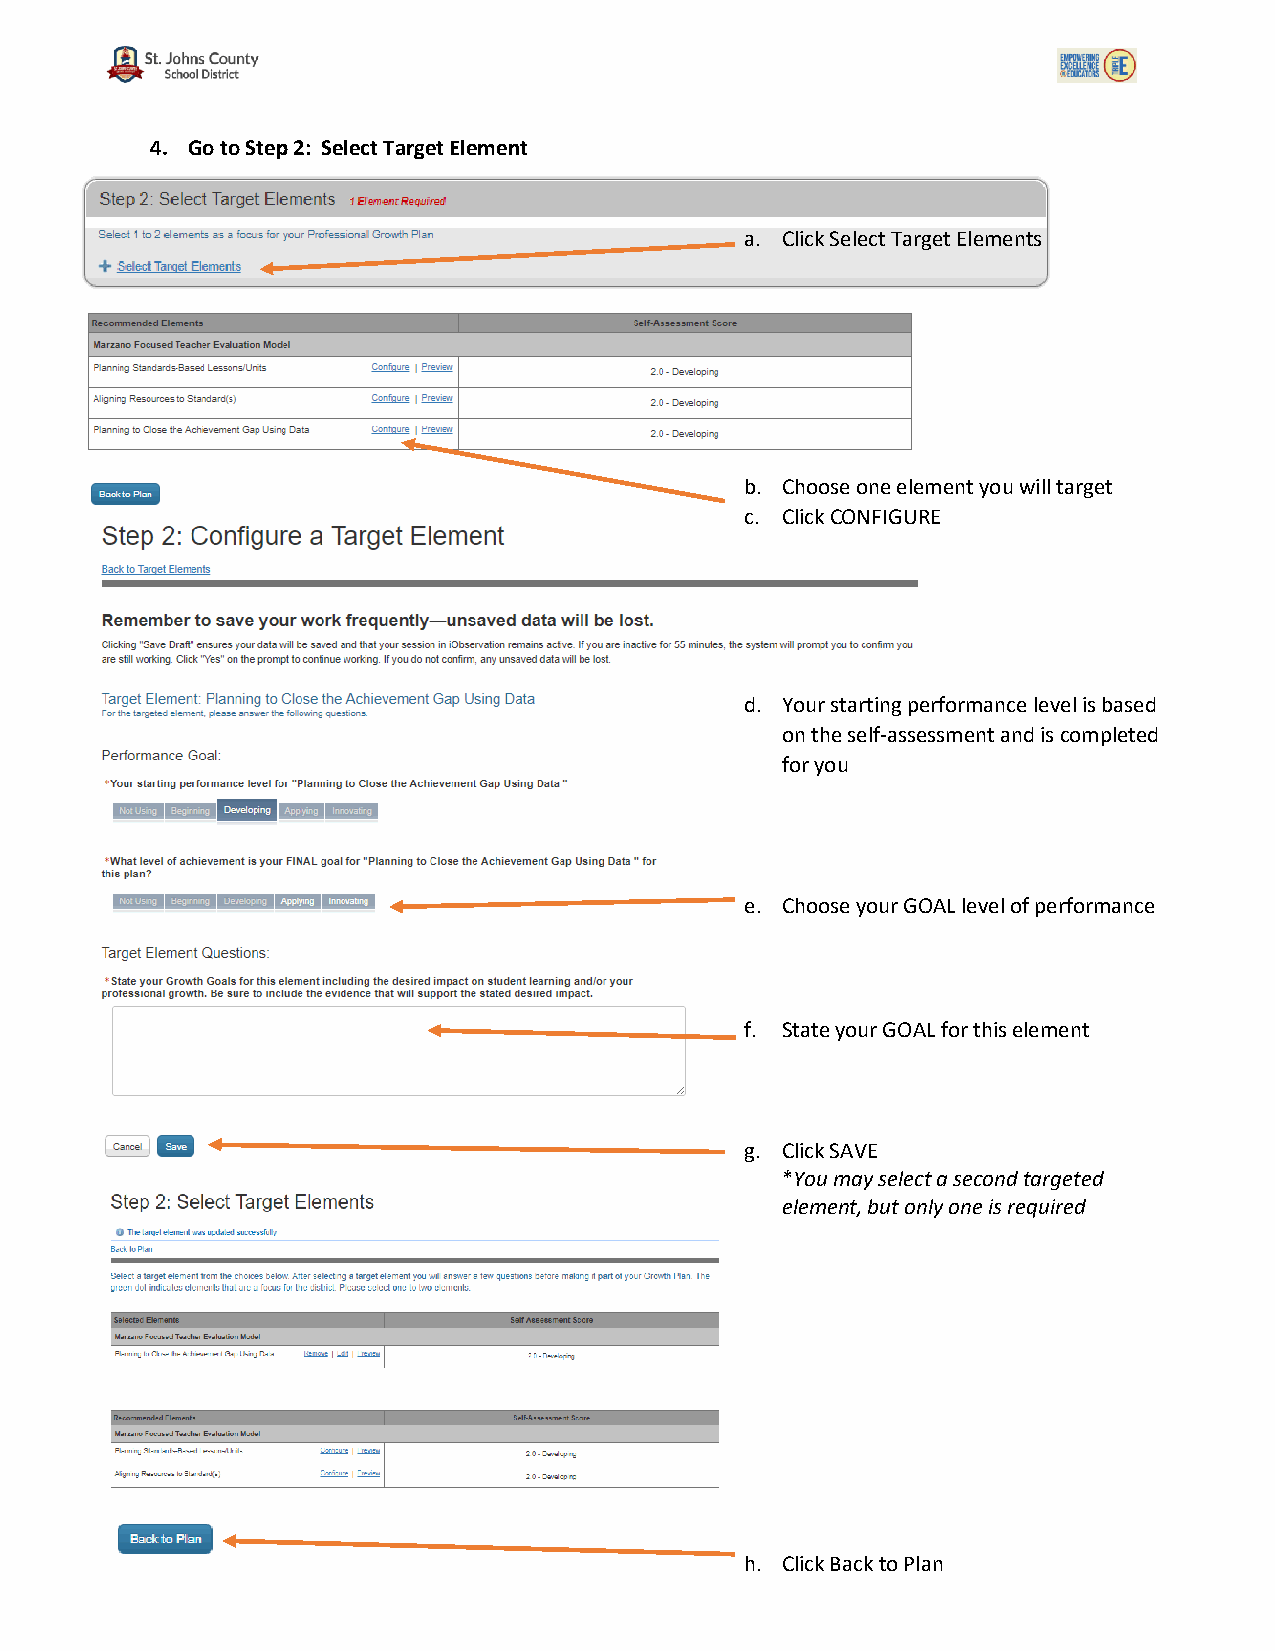
4. Go to Step 2: Select Target Element
 a. Click Select Target Elements
 b. Choose one element you will target
 c. Click CONFIGURE
 d. Your starting performance level is based
 on the self-assessment and is completed
 for you
 e. Choose your GOAL level of performance
 f. State your GOAL for this element
 g. Click SAVE
 *You may select a second targeted
 element, but only one is required
 h. Click Back to Plan